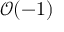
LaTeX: { \mathcal { O } } ( - 1 )